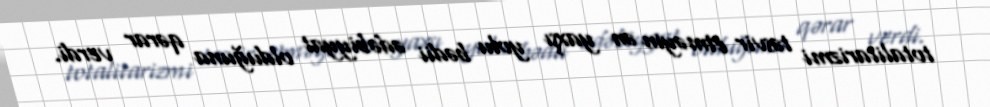
totalitarizmi təsvir etməyin ən yaxşı yolu bədii ədəbiyyat olduğuna qərar verdi.